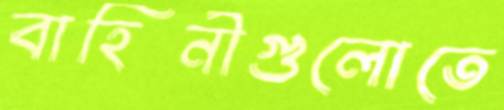
বাহিনীগুলোতে